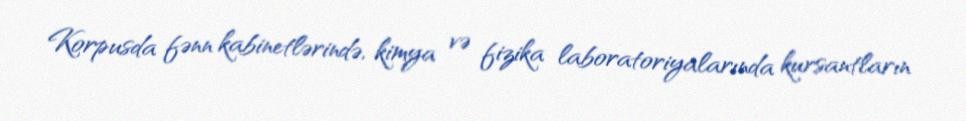
Korpusda fənn kabinetlərində, kimya və fizika laboratoriyalarında kursantların